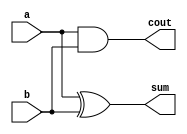
module hadd( 
    input a, b,
    output cout, sum );
	assign sum=a^b;
    assign cout=(a&b);
endmodule

module fadd( 
    input a, b, cin,
    output cout, sum );
	assign sum=a^b^cin;
    assign cout=(a&b)|(cin&b)|(a&cin) ;
endmodule

module top_module (
    input [3:0] x,
    input [3:0] y, 
    output [4:0] sum);
	wire c0,c1,c2;
    hadd mod1(x[0],y[0],c0,sum[0]);
    fadd mod2(x[1],y[1],c0,c1,sum[1]);
    fadd mod3(x[2],y[2],c1,c2,sum[2]);
    fadd mod4(x[3],y[3],c2,sum[4],sum[3]);
endmodule